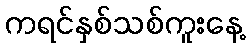
ကရင်နှစ်သစ်ကူးနေ့